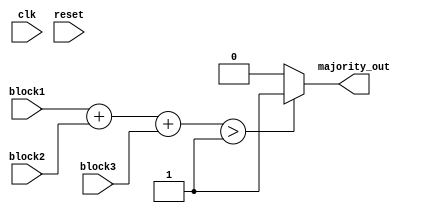
module MajorityVotingDetector (
    input wire block1,
    input wire block2,
    input wire block3,
    output wire majority_out,
    input wire clk,
    input wire reset
);

// Majority logic
assign majority_out = (block1 + block2 + block3) > 1 ? 1'b1 : 1'b0;

endmodule